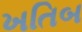
ખતિબ